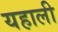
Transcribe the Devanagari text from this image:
यहाली